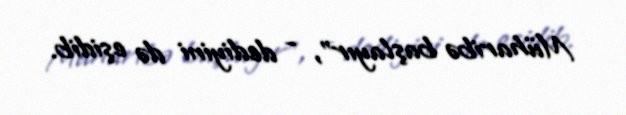
Müharibə başlayır”, - dediyini də eşidib.